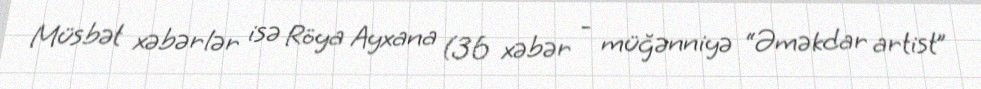
Müsbət xəbərlər isə Röya Ayxana (36 xəbər - müğənniyə “Əməkdar artist”